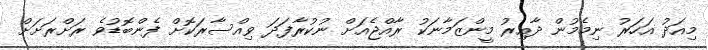
މިއަދު އަހަރު ނިމެމުން ދާއިރު މީންޒަމާނަކު ރާއްޖެއަށް ނުކުރާފަދަ ވިއްސާރަކޮށް ފެންބޮޑުވެ ރަށްރަށަށް